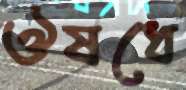
ঔষধে